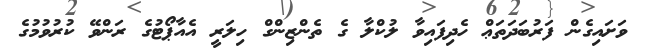
ވަށައިގެން ފަރުބަދަތަޢް ހެދިފައިވާ ލުކްލާ ގެ ތެންޒިންގް ހިލަރީ އެއާޕޯޓުގެ ރަންވޭ ކުުރުވުމުގެ